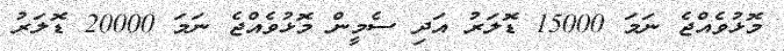
މޮޅުވެއްޖެ ނަމަ 15000 ޑޮލަރު އަދި ސެމީން މޮޅުވެއްޖެ ނަމަ 20000 ޑޮލަރު